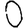
Digit: 0